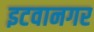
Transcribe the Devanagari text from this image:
इटवानगर